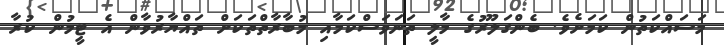
މަސައްކަތުން ކަމަށެވެ. ބެންގަލޫރުގެ މާލީ ތަނަވަސްކަމާއި މުބާރާތްތަކަށް ތައްޔާރުވާން އެ ޓީމުން ކުރާ